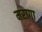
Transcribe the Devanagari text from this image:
मरागा